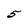
Character: 5